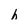
Character: h